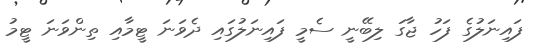
ފައިނަލުގެ ފަހު ޖާގަ ލިބޭނީ ސެމީ ފައިނަލުގައި ދެވަނަ ޓީމާއި ތިންވަނަ ޓީމު